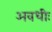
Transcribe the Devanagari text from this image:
अवधीः